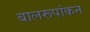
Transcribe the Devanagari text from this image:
बालरूपांकन